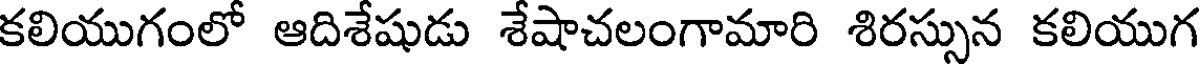
కలియుగంలో ఆదిశేషుడు శేషాచలంగామారి శిరస్సున కలియుగ